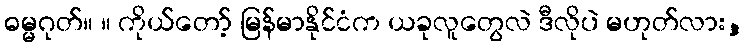
ဓမ္မဂုတ်။ ။ ကိုယ်တော့် မြန်မာနိုင်ငံက ယခုလူတွေလဲ ဒီလိုပဲ မဟုတ်လား,